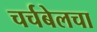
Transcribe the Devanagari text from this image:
चर्चबेलचा